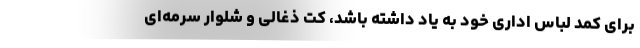
برای کمد لباس اداری خود به یاد داشته باشد، کت ذغالی و شلوار سرمه‌ای